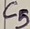
Text: C5